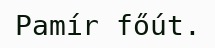
Pamír főút.